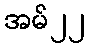
အမ်၂၂